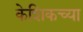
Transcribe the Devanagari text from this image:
केशिकच्या